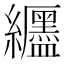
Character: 𫄖